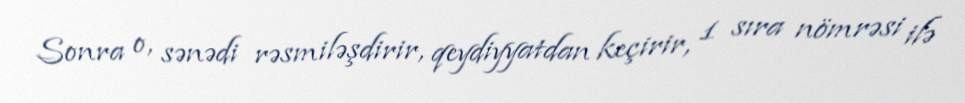
Sonra o, sənədi rəsmiləşdirir, qeydiyyatdan keçirir, 1 sıra nömrəsi ilə